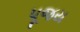
પૂજય